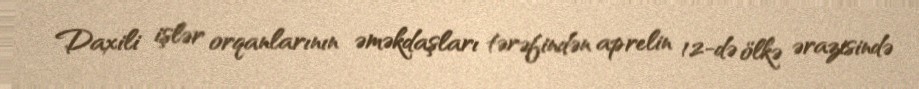
Daxili işlər orqanlarının əməkdaşları tərəfindən aprelin 12-də ölkə ərazisində